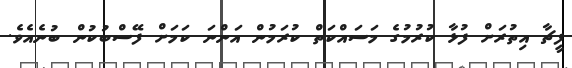
ފީޗާ އިތުރަށް ފުޅާ ކުރުމުގެ މަސައްކަތް ކުރަމުން އަންނަ ކަމަށް ފޭސްބުކުން ބުނެއެވެ.